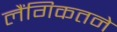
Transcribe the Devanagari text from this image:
लैंगिकतने